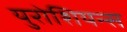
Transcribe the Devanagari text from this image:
युरोशियन्स